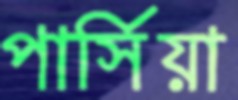
পার্সিয়া